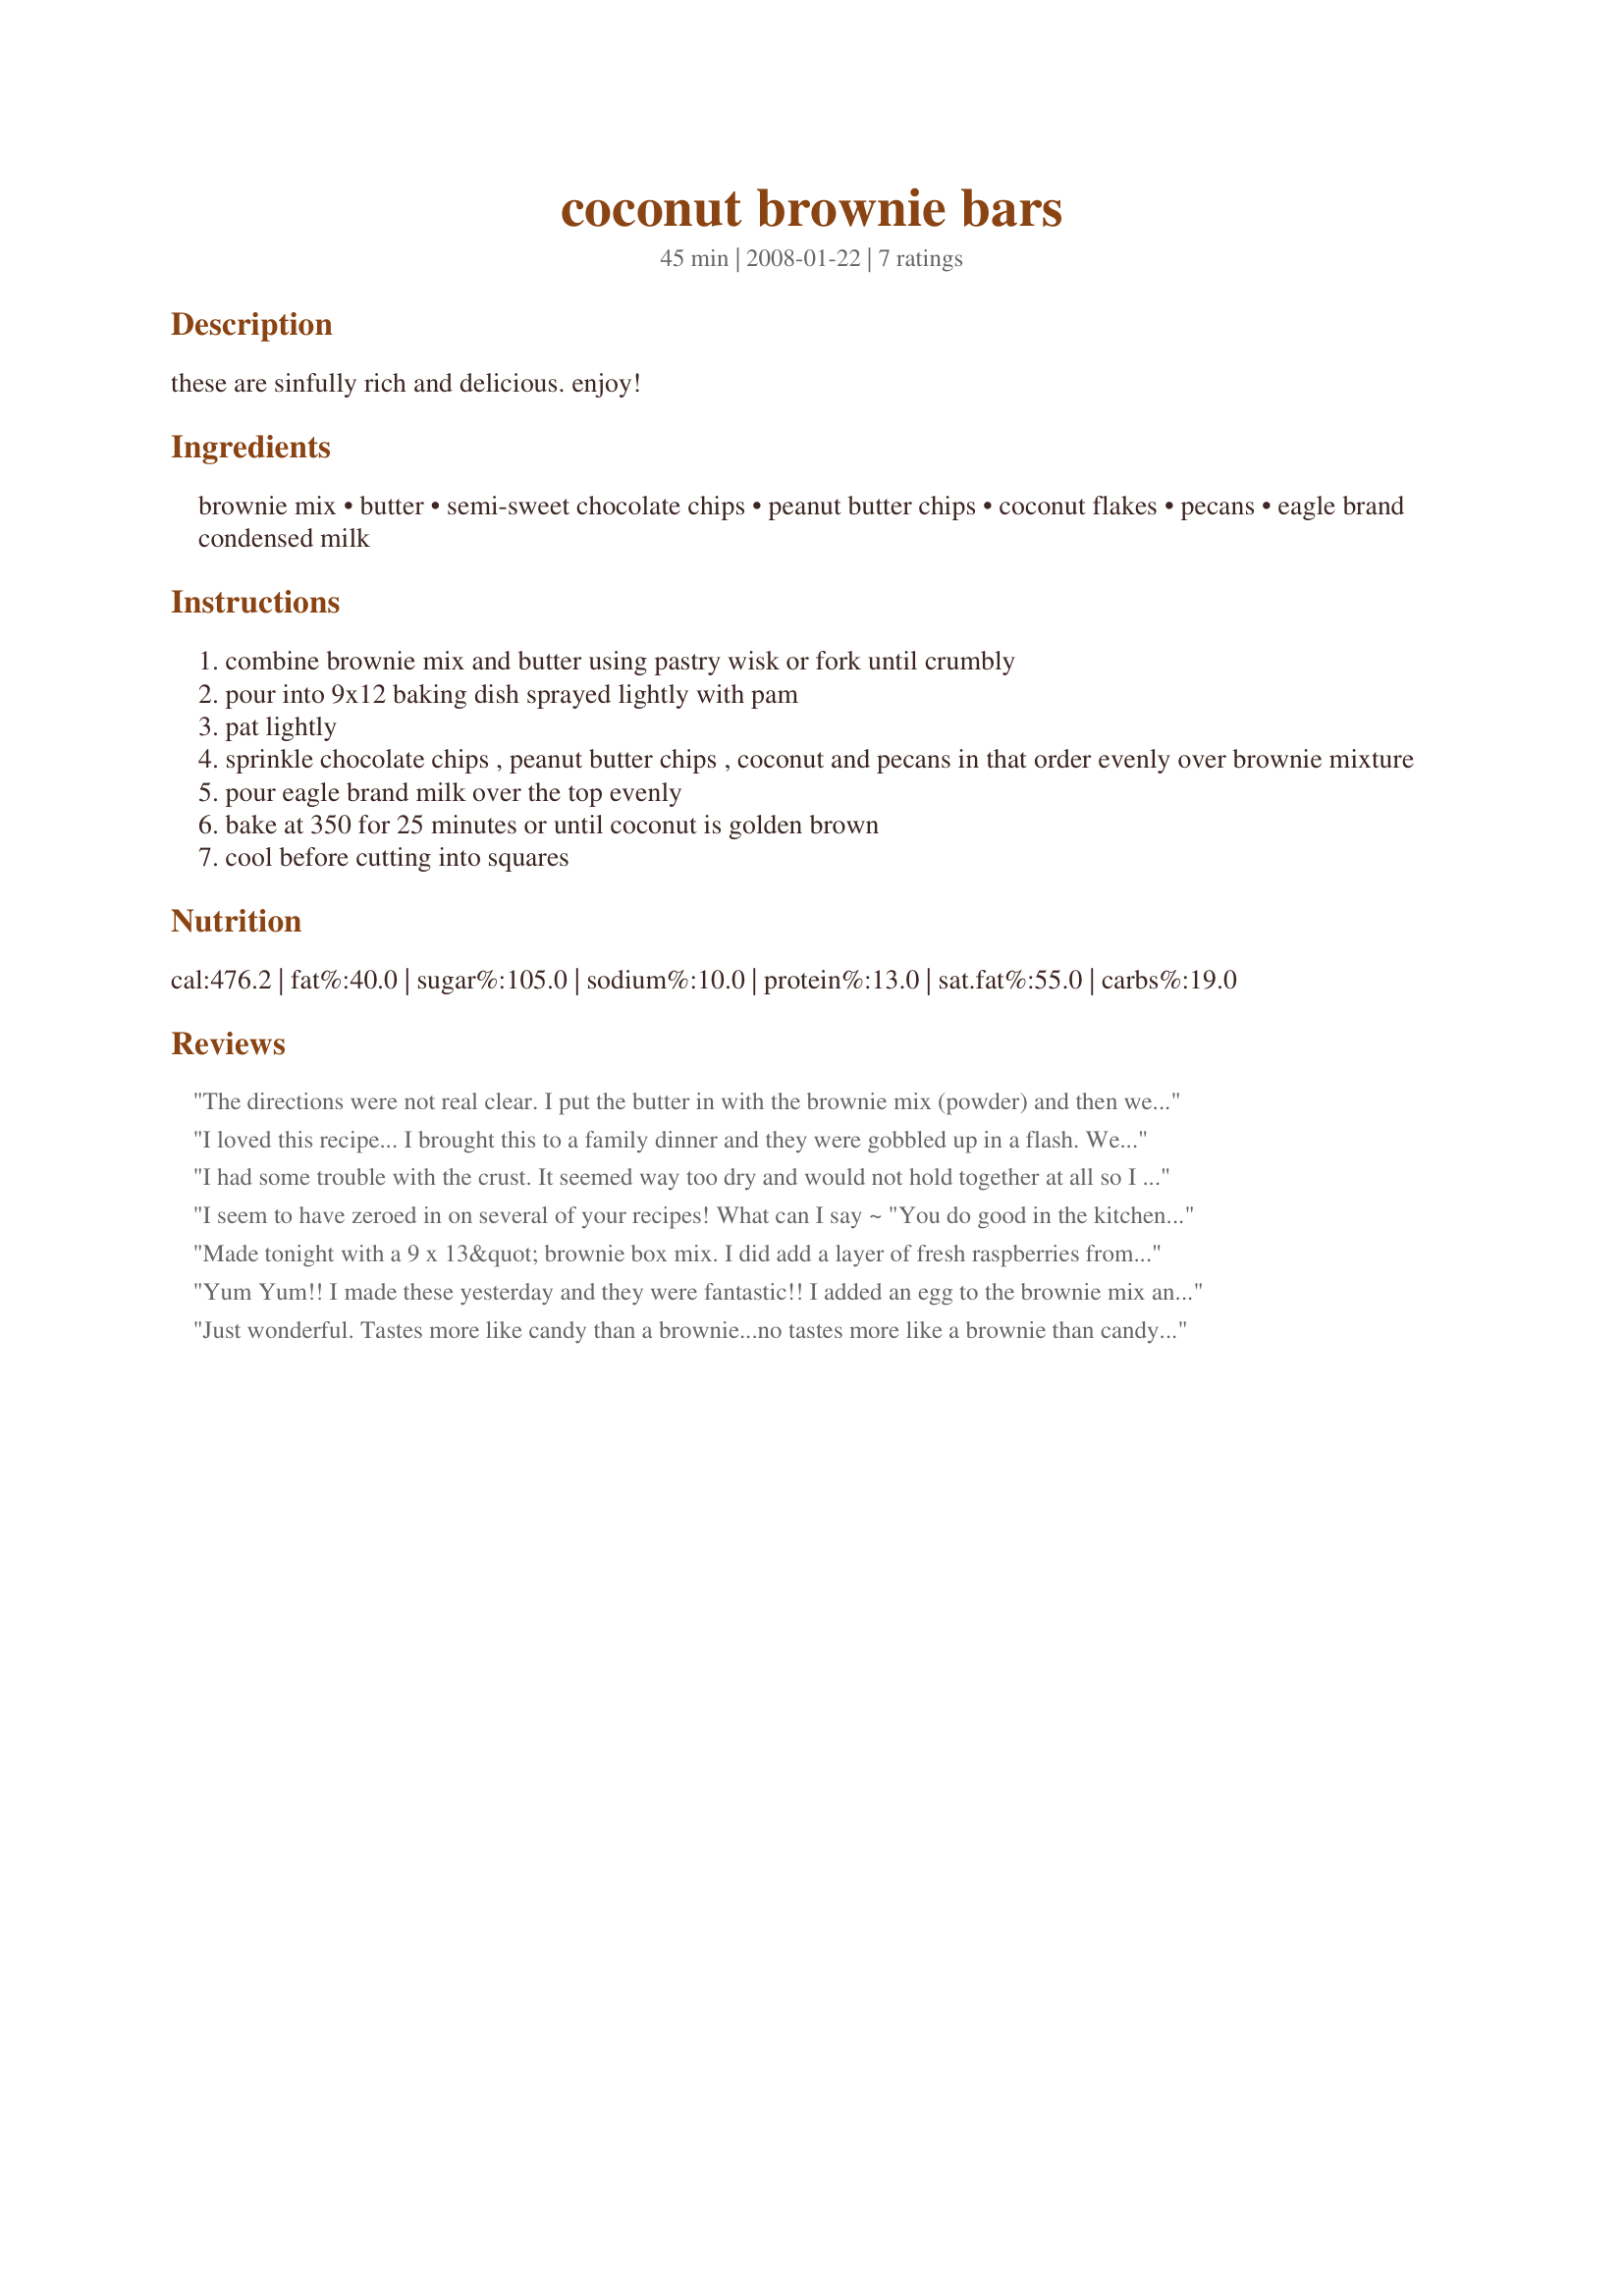
coconut brownie bars
Preparation time: 45 minutes

these are sinfully rich and delicious. enjoy!

Ingredients:
brownie mix, butter, semi-sweet chocolate chips, peanut butter chips, coconut flakes, pecans, eagle brand condensed milk

Steps:
combine brownie mix and butter using pastry wisk or fork until crumbly
pour into 9x12 baking dish sprayed lightly with pam
pat lightly
sprinkle chocolate chips , peanut butter chips , coconut and pecans in that order evenly over brownie mixture
pour eagle brand milk over the top evenly
bake at 350 for 25 minutes or until coconut is golden brown
cool before cutting into squares

Reviews:
The directions were not real clear. I put the butter in with the brownie mix (powder) and then went on to read "Pour into 9x12" well it wasn't pourable so I figured I was supposed to mix the brownie mix as directed on the box first....so I did but the butter was already in there and I was a little hesitant because I had added the oil from the brownie directions and so now I had butter and oil..oh my :) So......I went on with the recipe as written (using walnuts instead of pecans) and cooked it for 30 minutes..it was still really jiggly so I cooked it for a total of 20 more minutes. Don't get me wrong this tasted really good and RICH..the boys ate it up. Next time I will omit some of the butter and some of the oil.
Made for PAC spring '09
I loved this recipe... I brought this to a family dinner and they were gobbled up in a flash. We served them with vanilla ice cream.

I had to bake it a little longer. I also left out the peanut butter chip because I didn't have them. Next time I think I will spread raspberry jam over the brownie mixture before add ing the coconut, chips and condensed milk.... and aslo add white chocolate chips.... but only becasue I can't help but think of a thousand other ways you could make this!
I had some trouble with the crust. It seemed way too dry and would not hold together at all so I added more butter. Then it baked up really hard. Is there an egg missing? I think I should have added it like the other reviewer. The top layer was great, I just wish the crust turned out better...more like a brownie.
I seem to have zeroed in on several of your recipes! What can I say ~ "You do good in the kitchen!" I'm a chocolate lover & always enjoy trying new brownie recipes! This one is really OUTSTANDING in my book, & I'll be making it again [not often, but again, what with the calories from fat]! Thanks so much for sharing!
Made tonight with a 9 x 13&quot; brownie box mix. I did add a layer of fresh raspberries from our garden like one reader suggested. Turn out nicely. I did have to bake about 5 to 8 mins longer than recipe said.
Yum Yum!! I made these yesterday and they were fantastic!! I added an egg to the brownie mix and butter and omitted the pecans. I also baked this in an 8x11 pan so I had to bake them 35 minutes. Thanks for this delicious recipe!!
Just wonderful. Tastes more like candy than a brownie...no tastes more like a brownie than candy....It doesn't really matter, they were gone in a flash. Thnx for posting. Adopted for Spring 2008 PAC.
